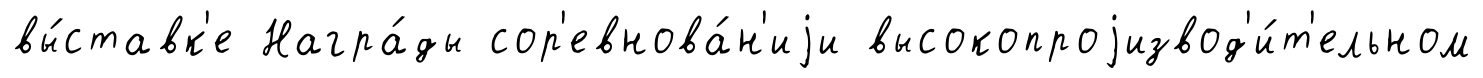
вы́ставк'е Награ́ды сор'евнова́н'иjи высокопроjизвод'и́т'ельном